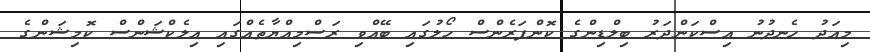
މިއަދު ހެނދުނު އިސްކަންދަރު ބިލްޑިންގެ ކޮންފަރެންސް ހޯލުގައި ބޭއްވި ރަސްމިއްޔާތެއްގައި އިލެކްޝަންސް ކޮމިޝަންގެ